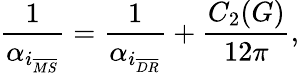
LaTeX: \frac{1}{\alpha_{i_{\overline{{{MS}}}}}}=\frac{1}{\alpha_{i_{\overline{{{DR}}}}}}+\frac{C_{2}(G)}{12\pi},